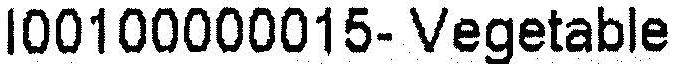
I00100000015- VEGETABLE